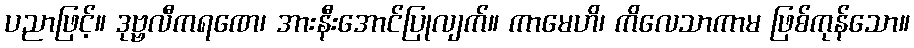
ပညာဖြင့်။ ဒုဗ္ဗလီကရဏေ၊ အားနီးအောင်ပြုလျက်။ ကာမေဟိ၊ ကိလေသာကာမ ဖြစ်ကုန်သော။